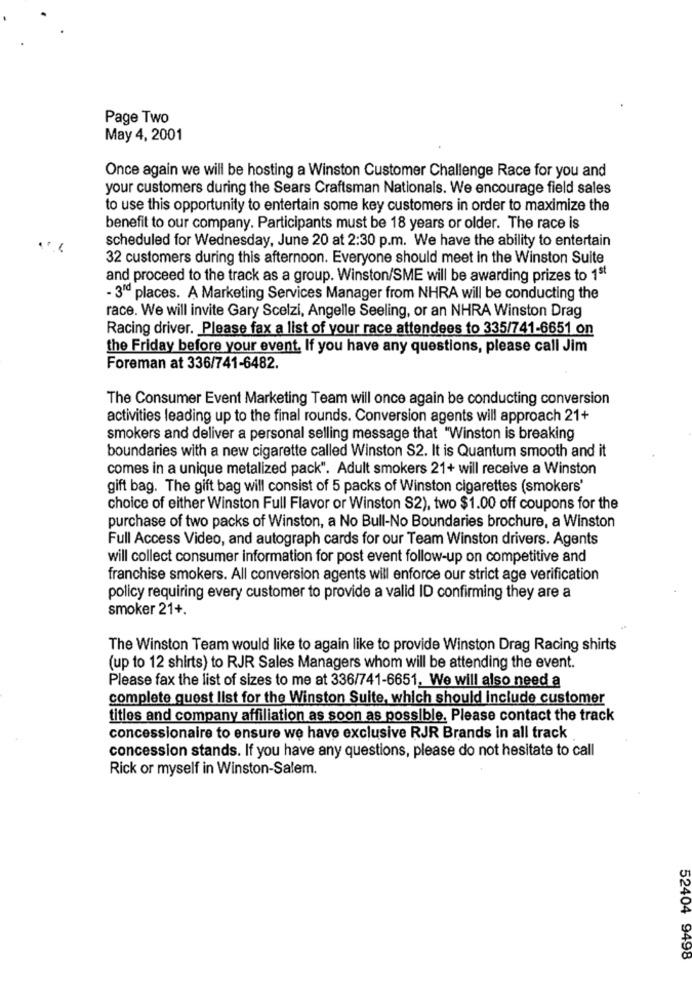
Page Two
May 4, 2001
Once again we will be hosting a Winston Customer Challenge Race for you and
your customers during the Sears Craftsman Nationals. We encourage field sales
to use this opportunity to entertain some key customers in order to maximize the
benefit to our company. Participants must be 18 years or older. The race is
scheduled for Wednesday, June 20 at 2:30 p.m. We have the ability to entertain
32 customers during this afternoon. Everyone should meet in the Winston Suite
and proceed to the track as a group. Winston/SME will be awarding prizes to 1st
- 3"ª places. A Marketing Services Manager from NHRA will be conducting the
race. We will invite Gary Scelzi, Angelle Seeling, or an NHRA Winston Drag
Racing driver. Please fax a list of your race attendees to 335/741-6651 on
the Friday before your event. If you have any questions, please call Jim
Foreman at 336/741-6482.
The Consumer Event Marketing Team will once again be conducting conversion
activities leading up to the final rounds. Conversion agents will approach 21+
smokers and deliver a personal selling message that "Winston is breaking
boundaries with a new cigarette called Winston S2. It is Quantum smooth and it
comes in a unique metalized pack". Adult smokers 21+ will receive a Winston
gift bag. The gift bag will consist of 5 packs of Winston cigarettes (smokers'
choice of either Winston Full Flavor or Winston S2), two $1.00 off coupons for the
purchase of two packs of Winston, a No Bull-No Boundaries brochure, a Winston
Full Access Video, and autograph cards for our Team Winston drivers. Agents
will collect consumer information for post event follow-up on competitive and
franchise smokers. All conversion agents will enforce our strict age verification
policy requiring every customer to provide a valid ID confirming they are a
smoker 21+.
The Winston Team would like to again like to provide Winston Drag Racing shirts
(up to 12 shirts) to RJR Sales Managers whom will be attending the event.
Please fax the list of sizes to me at 336/741-6651, We will also need a
complete quest list for the Winston Suite, which should include customer
titles and company affiliation as soon as possible. Please contact the track
concessionaire to ensure we have exclusive RJR Brands in all track
concession stands. If you have any questions, please do not hesitate to call
Rick or myself in Winston-Salem.
52404 9498